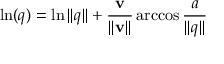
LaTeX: \ln ( q ) = \ln \| q \| + { \frac { \mathbf { v } } { \| \mathbf { v } \| } } \operatorname { a r c c o s } { \frac { a } { \| q \| } } ~